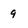
Character: 9